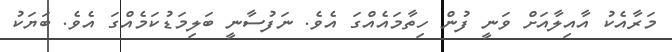
މަރާއެކު އާއިލާއަށް ވަނީ ފުން ހިތާމައެއްގަ އެވެ. ނަފުސާނީ ބަލިމަޑުކަމެއްގަ އެވެ. ބަޔަކު